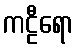
ကဠီရော